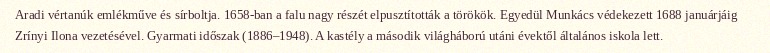
Aradi vértanúk emlékműve és sírboltja. 1658-ban a falu nagy részét elpusztították a törökök. Egyedül Munkács védekezett 1688 januárjáig Zrínyi Ilona vezetésével. Gyarmati időszak (1886–1948). A kastély a második világháború utáni évektől általános iskola lett.